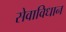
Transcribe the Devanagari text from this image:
सेवाविधान